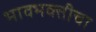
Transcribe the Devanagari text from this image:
भावभक्तीचा